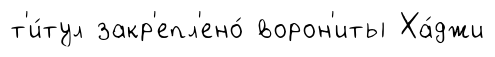
т'и́тул закр'епл'ено́ ворон'иты Ха́джи